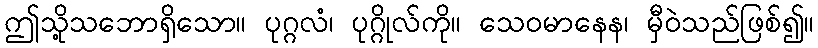
ဤသို့သဘောရှိသော။ ပုဂ္ဂလံ၊ ပုဂ္ဂိုလ်ကို။ သေဝမာနေန၊ မှီဝဲသည်ဖြစ်၍။